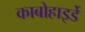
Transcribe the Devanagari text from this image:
काबोहाइर्डे